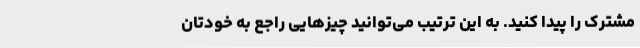
مشترک را پیدا کنید. به این ترتیب می‌توانید چیزهایی راجع به خودتان